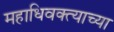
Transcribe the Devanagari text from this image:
महाधिवक्त्याच्या